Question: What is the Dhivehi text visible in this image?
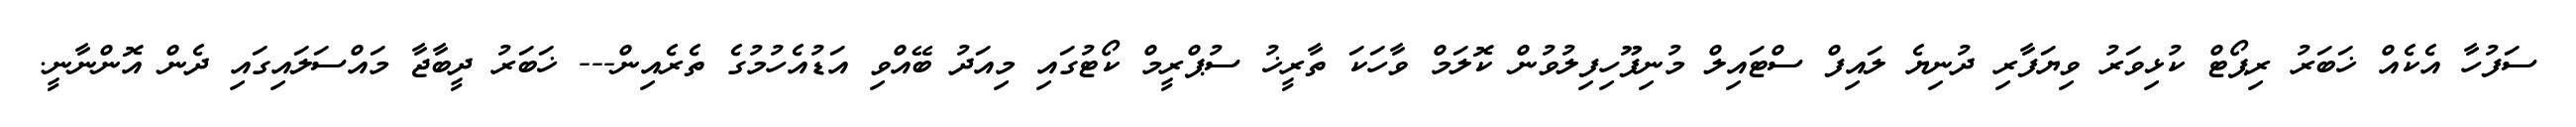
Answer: ސަފުހާ އެކެއް ޚަބަރު ރިޕޯޓް ކުޅިވަރު ވިޔަފާރި ދުނިޔެ ލައިފް ސްޓައިލް މުނިފޫހިފިލުވުން ކޮލަމް ވާހަކަ ތާރީޚު ސުޕްރީމް ކޯޓުގައި މިއަދު ބޭއްވި އަޑުއެހުމުގެ ތެރެއިން--- ޚަބަރު ދީބާޖާ މައްސަލައިގައި ދެން އޮންނާނީ.